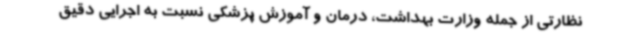
نظارتی از جمله وزارت بهداشت، درمان و آموزش پزشکی نسبت به اجرایی دقیق